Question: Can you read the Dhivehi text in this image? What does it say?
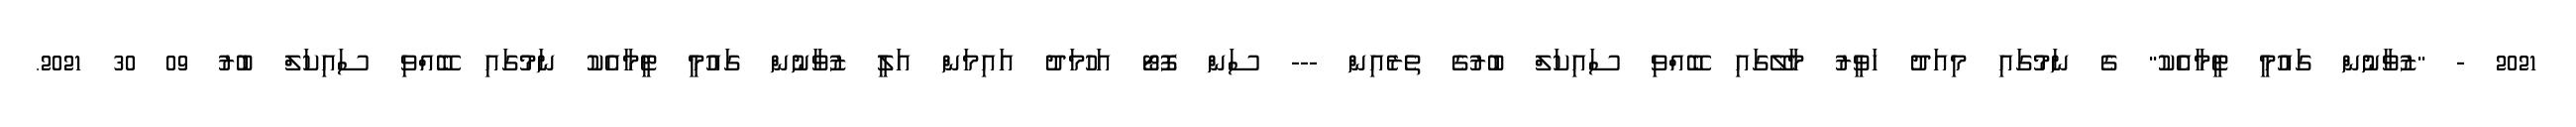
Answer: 2021 - "ޒުވާނުން ގައުމީ ޓީމާއެކު" ގެ ނަމުގައި މިއަދު ހަވީރު މާލޭގައި ބޭއްވި ސައިކަލް ބުރުގެ ތެރެއިން --- ސަން ފޮޓޯ އަހުމަދު އައިމަން އަލީ ޒުވާނުން ގައުމީ ޓީމާއެކު ނަމުގައި ބޭއްވި ސައިކަލް ބުރު 09 30 2021.